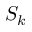
S _ { k }